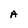
Character: A